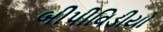
બીપીવિડીયો